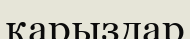
қарыздар